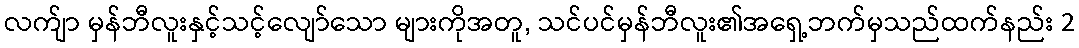
လက်ျာ မှန်ဘီလူးနှင့်သင့်လျော်သော များကိုအတူ, သင်ပင်မှန်ဘီလူး၏အရှေ့ဘက်မှသည်ထက်နည်း 2